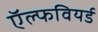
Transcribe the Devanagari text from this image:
ऍल्फवियर्ड